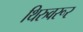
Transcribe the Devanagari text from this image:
थिरुवरूर